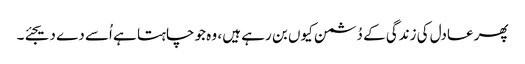
پھر عادل کی زندگی کے دُشمن کیوں بن رہے ہیں ، وہ جو چاہتا ہے اُسے دے دیجئے۔